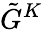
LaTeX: {\tilde{G}}^{K}